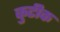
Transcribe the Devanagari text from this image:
कुटीक